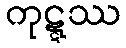
ကုဋ္ဋဿ